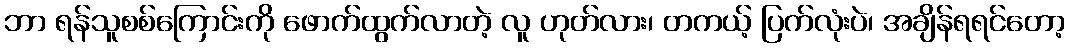
ဘာ ရန်သူစစ်ကြောင်းကို ဖောက်ထွက်လာတဲ့ လူ ဟုတ်လား၊ တကယ့် ပြက်လုံးပဲ၊ အချိန်ရရင်တော့